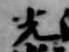
光